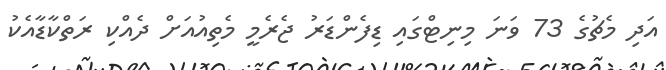
އަދި މެޗުގެ 73 ވަނަ މިނިޓްގައި ޑިފެންޑަރު ޖެރެމީ މެތިއުއަށް ދެއްކި ރަތްކާޑާއެކު